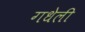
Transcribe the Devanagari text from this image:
गधेली